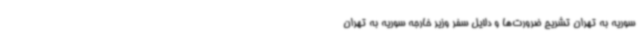
سوریه به تهران تشریح ضرورت‌ها و دلایل سفر وزیر خارجه سوریه به تهران